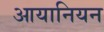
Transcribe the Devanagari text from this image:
आयानियन